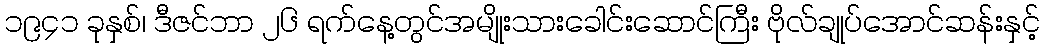
၁၉၄၁ ခုနှစ်၊ ဒီဇင်ဘာ ၂၆ ရက်နေ့တွင်အမျိုးသားခေါင်းဆောင်ကြီး ဗိုလ်ချုပ်အောင်ဆန်းနှင့်